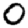
Digit: 0